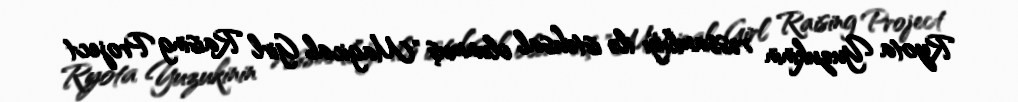
Ryota Yuzukinin rəssamlığı ilə istehsal olunmuş "Magical Girl Raising Project